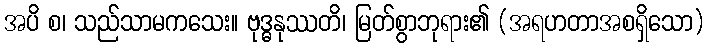
အပိ စ၊ သည်သာမကသေး။ ဗုဒ္ဓနုဿတိ၊ မြတ်စွာဘုရား၏ (အရဟတာအစရှိသော)